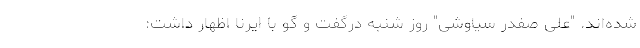
شده‌اند. "علی صفدر سیاوشی" روز شنبه درگفت و گو با ایرنا اظهار داشت: